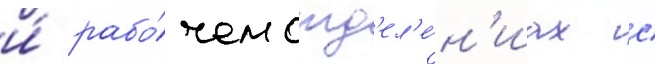
и́ рабо́чем отд'ел'е́н'иах с